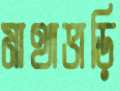
মাথাভাড়ি